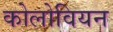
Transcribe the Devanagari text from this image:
कोलोवियन